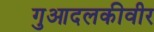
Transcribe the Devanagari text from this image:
गुआदलकीवीर